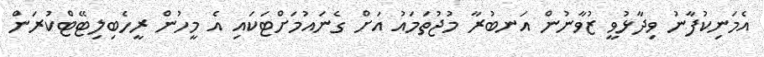
އެމަނިކުފާނު ވިދާޅުވީ ޒުވާނުން އަނބުރާ މުޖުތަމައު އަށް ގެނައުމަށްޓަކައި އެ މީހުން ރީހެބިލިޓޭޓްކުރަން